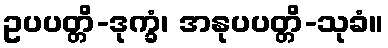
ဥပပတ္တိ-ဒုက္ခံ၊ အနုပပတ္တိ-သုခံ။